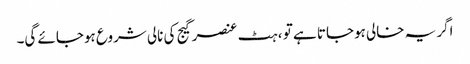
اگر یہ خالی ہوجاتا ہے تو ، ہٹ عنصر گیج کی نالی شروع ہوجائے گی۔